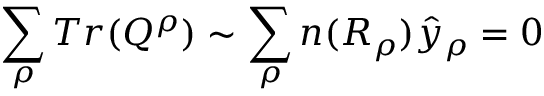
\sum _ { \rho } T r ( Q ^ { \rho } ) \sim \sum _ { \rho } n ( R _ { \rho } ) \hat { y } _ { \rho } = 0